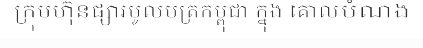
ក្រុមហ៊ុនផ្សារមូលបត្រកម្ពុជា ក្នុង គោលបំណង